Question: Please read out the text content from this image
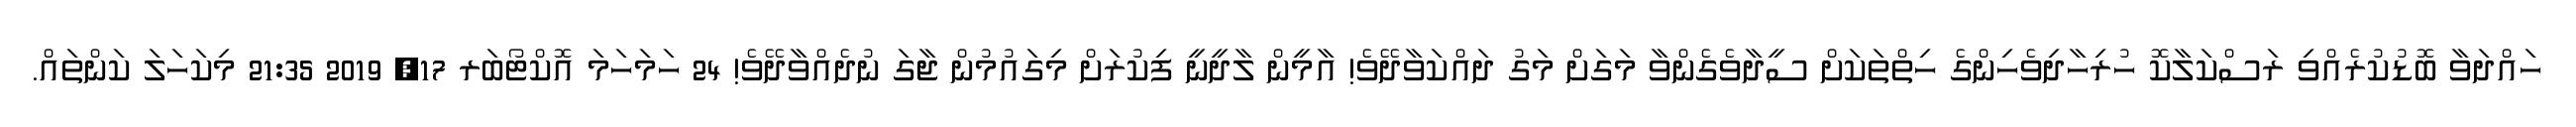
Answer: ހައްދަވާ ބޮޑުކުރެއްވި ރަސްކަލާކޮ ހުރިހާދިވެހިންގެ ހިތްތަކަށް ސީދާވެގެންވާ މަގަށް މަގު ދައްކަވާދޭވެ! އާމީން ލާދީނީ ފިކުރަށް މިގައުމުން ޖާގަ ނުދެއްވާދޭވެ! 24 ހަމަހަމަ އޮކްޓޯބަރ 17, 2019 21:35 މިކަހަލަ ކަންތައް.